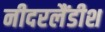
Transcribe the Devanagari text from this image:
नीदरलैंडीश